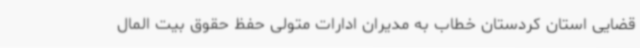
قضایی استان کردستان خطاب به مدیران ادارات متولی حفظ حقوق بیت المال